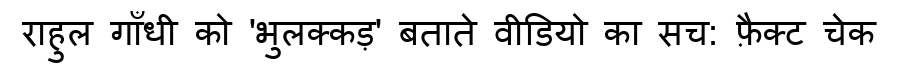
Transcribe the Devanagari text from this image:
राहुल गाँधी को 'भुलक्कड़' बताते वीडियो का सच: फ़ैक्ट चेक